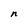
Character: n